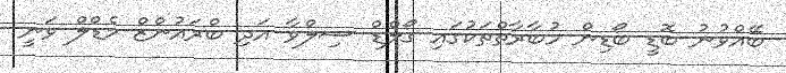
ބޭއްވުނު ބޮޑީ ބޯޑިން މުބާރާތްތަކުގައި ގޯލްޑް ސިލްވާ އަދި ބްރައުންޒް މެޑްލް ވަނީ